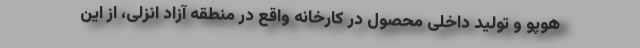
هوپو و تولید داخلی محصول در کارخانه واقع در منطقه آزاد انزلی، از این